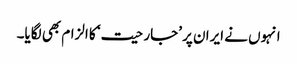
انہوں نے ایران پر ’جارحیت‘ کا الزام بھی لگایا۔